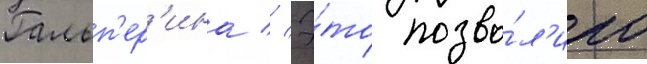
Гальп'ер'ина // Э́то позво́л'ило